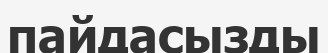
пайдасызды